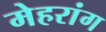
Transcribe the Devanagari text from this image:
मेहरांग